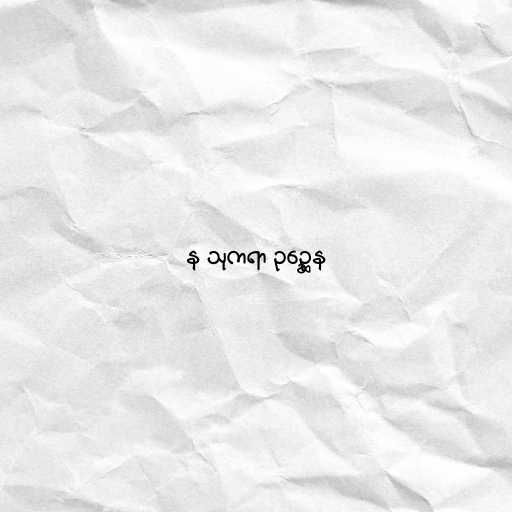
န သုကရာ ဥဉ္ဆေန